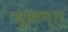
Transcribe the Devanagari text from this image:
सुखम्॥